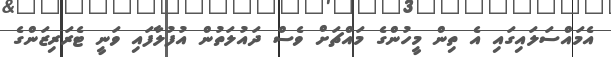
އެމައްސަލައިގައި އެ ތިން މީހުންގެ މައްޗަށް ވެސް ދައުލަތުން އުފުލާފައި ވަނީ ޓެރަރިޒަންގެ